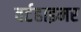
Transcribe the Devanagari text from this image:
वर्टहाइमर